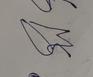
Signature authenticity: forged